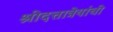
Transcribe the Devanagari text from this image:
श्रीदत्तात्रेयांची